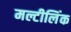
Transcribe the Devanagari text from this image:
मल्टीलिंक